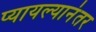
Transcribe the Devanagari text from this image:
प्यायल्यानंतर